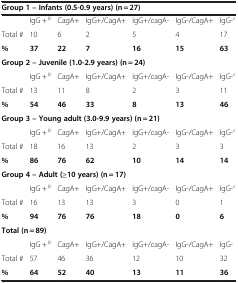
| <COLSPAN=7> Group 1 – Infants (0.5-0.9 years) (n = 27) |
 | --- | --- | --- | --- | --- | --- | --- |
 |  | IgG + b | CagA+ | IgG+/CagA+ | IgG+/cagA- | IgG-/CagA+ | IgG-c |
 | Total # | 10 | 6 | 2 | 5 | 4 | 17 |
 | % | 37 | 22 | 7 | 16 | 15 | 63 |
 | <COLSPAN=7> Group 2 – Juvenile (1.0-2.9 years) (n = 24) |
 |  | IgG + b | CagA+ | IgG+/CagA+ | IgG+/cagA- | IgG-/CagA+ | IgG-c |
 | Total # | 13 | 11 | 8 | 2 | 3 | 11 |
 | % | 54 | 46 | 33 | 8 | 13 | 46 |
 | <COLSPAN=7> Group 3 – Young adult (3.0-9.9 years) (n = 21) |
 |  | IgG + b | CagA+ | IgG+/CagA+ | IgG+/cagA- | IgG-/CagA+ | IgG-c |
 | Total # | 18 | 16 | 13 | 2 | 3 | 3 |
 | % | 86 | 76 | 62 | 10 | 14 | 14 |
 | <COLSPAN=7> Group 4 – Adult (≥10 years) (n = 17) |
 |  | IgG + b | CagA+ | IgG+/CagA+ | IgG+/cagA- | IgG-/CagA+ | IgG-c |
 | Total # | 16 | 13 | 13 | 3 | 0 | 1 |
 | % | 94 | 76 | 76 | 18 | 0 | 6 |
 | <COLSPAN=7> Total (n = 89) |
 |  | IgG + b | CagA+ | IgG+/CagA+ | IgG+/cagA- | IgG-/CagA+ | IgG- |
 | Total # | 57 | 46 | 36 | 12 | 10 | 32 |
 | % | 64 | 52 | 40 | 13 | 11 | 36 |